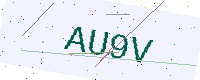
Text: AU9V